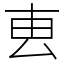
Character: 叀